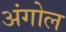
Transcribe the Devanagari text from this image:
अंगोल